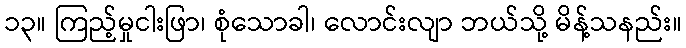
၁၃။ ကြည့်မှုငါးဖြာ၊ စုံသောခါ၊ လောင်းလျာ ဘယ်သို့ မိန့်သနည်း။